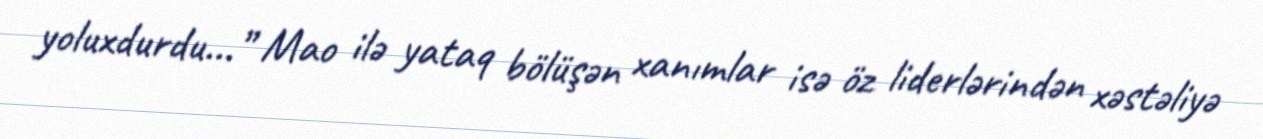
yoluxdurdu...” Mao ilə yataq bölüşən xanımlar isə öz liderlərindən xəstəliyə